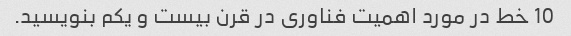
10 خط در مورد اهمیت فناوری در قرن بیست و یکم بنویسید.